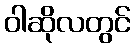
ဝါဆိုလတွင်